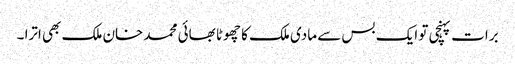
برات پہنچی تو ایک بس سے مادی ملک کا چھوٹا بھائی محمد خان ملک بھی اترا ۔